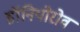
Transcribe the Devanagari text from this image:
डॉनियोरोव